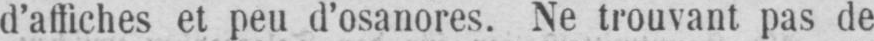
d’affiches et peu d’osanores. Ne trouvant pas de